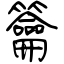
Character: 籥